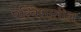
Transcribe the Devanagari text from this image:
परिवेशातील